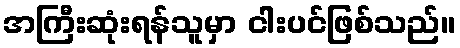
အကြီးဆုံးရန်သူမှာ ငါးပင်ဖြစ်သည်။